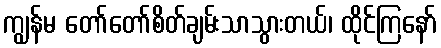
ကျွန်မ တော်တော်စိတ်ချမ်းသာသွားတယ်၊ ထိုင်ကြနော်